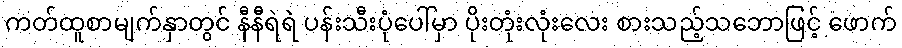
ကတ်ထူစာမျက်နှာတွင် နီနီရဲရဲ ပန်းသီးပုံပေါ်မှာ ပိုးတုံးလုံးလေး စားသည့်သဘောဖြင့် ဖောက်